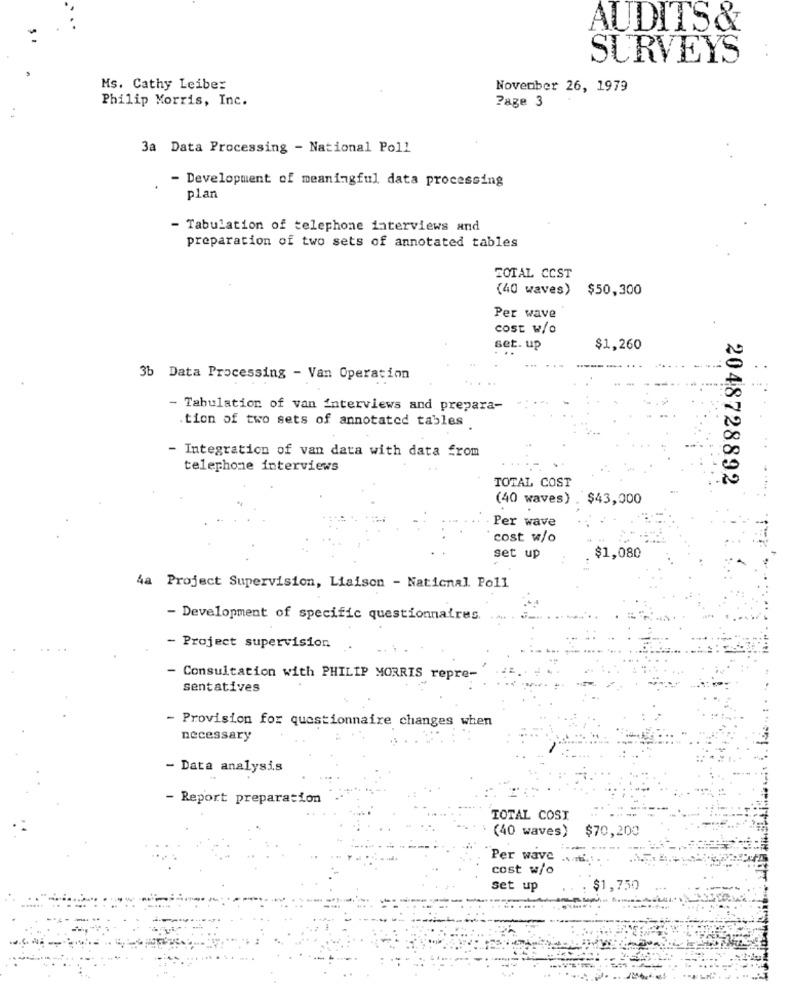
AUDITS&
SURVEYS
Ms. Cathy Leiber
November 26, 1979
Philip Morris, Inc.
Page 3
3a Data Processing - National Poll
- Development of meaningful data processing
plan
- Tabulation of telephone interviews and
preparation of two sets of annotated tables
TOTAL COST
(40 waves)
$50,300
Per wave
cost w/o
set. up
$1,260
3b Data Processing - Van Operation
- Tabulation of van interviews and prepara-
.tion of two sets of annotated tables
- Integration of van data with data from
telephone interviews
2048728892
TOTAL COST
(40 waves) . $43,000
Per wave
cost w/o
set up
$1,080
4a Project Supervision, Liaison - National Poll
- Development of specific questionnaires.
- Project supervision
- Consultation with PHILIP MORRIS repre-
sentatives
- Provision for questionnaire changes when
necessary
- Data analysis
- Report preparation
TOTAL COST
$70,200
(40 waves)
Per wave
cost w/o
Set up
1,750